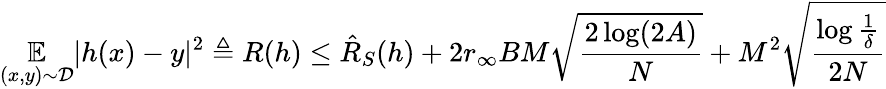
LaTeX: \mathop{\mathbb{E}}_{(x,y)\sim\mathcal{D}}|h(x)-y|^{2}\triangleq R(h)\leq\hat{R}_{S}(h)+2r_{\infty}BM\sqrt{\frac{2\log(2A)}{N}}+M^{2}\sqrt{\frac{\log\frac{1}{\delta}}{2N}}